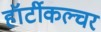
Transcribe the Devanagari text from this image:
हॉर्टीकल्चर